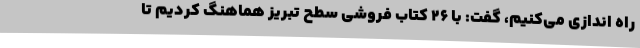
راه اندازی می‌کنیم، گفت: با 26 کتاب فروشی سطح تبریز هماهنگ کردیم تا